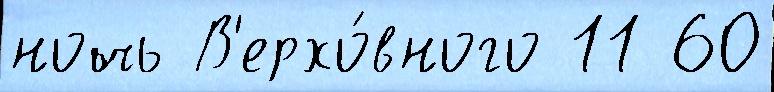
ночь В'ерхо́вного 11 60